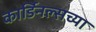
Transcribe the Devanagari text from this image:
कार्डिनल्सच्या